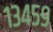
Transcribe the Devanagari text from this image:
१३४५९